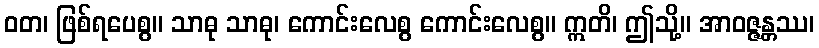
ဝတ၊ ဖြစ်ရပေစွ။ သာဓု သာဓု၊ ကောင်းလေစွ ကောင်းလေစွ။ ဣတိ၊ ဤသို့။ အာဝဇ္ဇန္တဿ၊